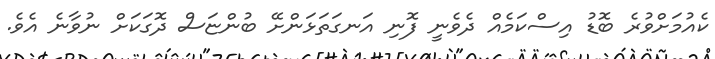
ކެއުމަށްވުރެ ބޮޑު އިސްކަމެއް ދެވެނީ ފޮނި އަނގަތަޅަންށޭ ބުންޏަސް ދޮގަކަށް ނުވާނެ އެވެ.